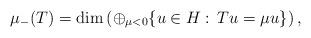
LaTeX: \begin{align*}\mu_-(T)=\dim\left(\oplus_{\mu<0}\{u\in H:\, T u=\mu u\}\right),\end{align*}